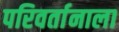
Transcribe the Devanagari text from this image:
परिवर्तानाला